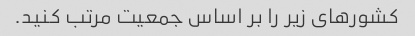
کشورهای زیر را بر اساس جمعیت مرتب کنید.